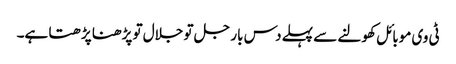
ٹی وی موبائل کھولنے سے پہلے دس بار جل تو جلال تو پڑھنا پڑھتا ہے۔